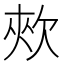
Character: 㰰